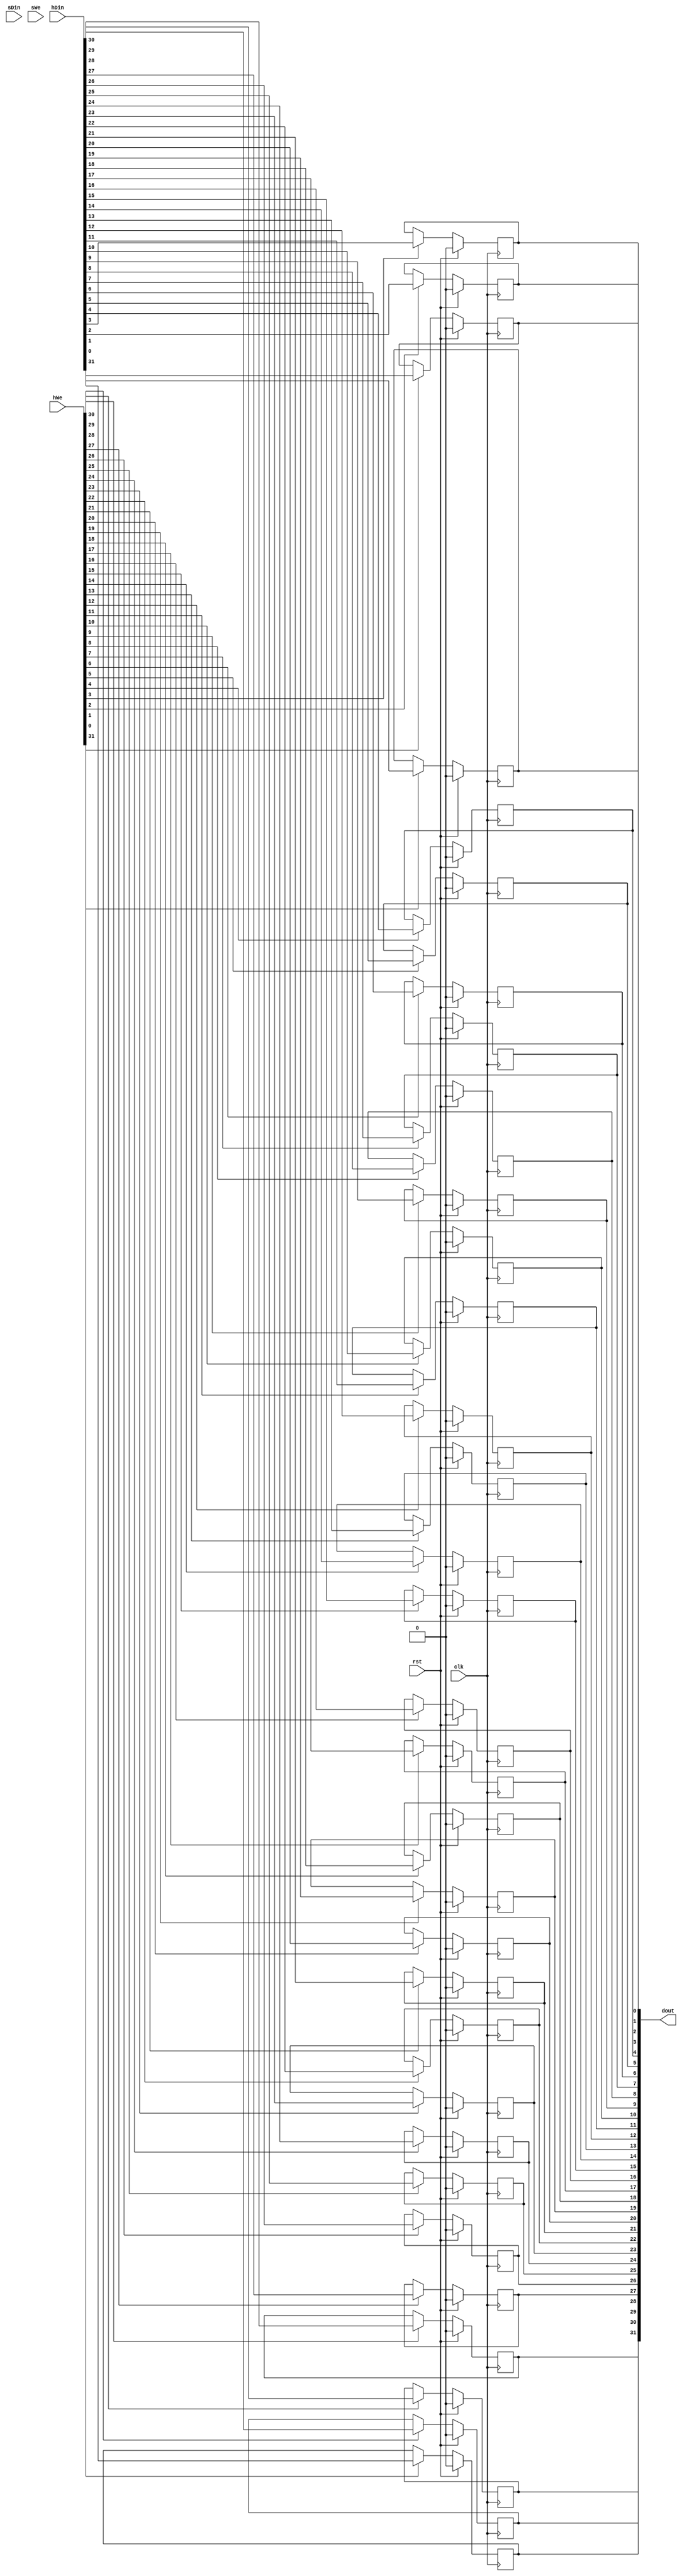
`timescale 1ns / 1ps
/**
 * 32-bit register used in coprocessor 0, with software and hardware writes,
 * mask controlling which bits are writable in software, and individual write
 * enable bits for each register bit. Software write takes priority over hardware
 * write.
 * 
 * @author Yunye Pu
 */
module Cp0Reg #(
	parameter SOFTWARE_MASK = 32'b0000_0000_0000_0000_0000_0000_0000_0000,
	parameter RESET_STATE = 32'b0000_0000_0000_0000_0000_0000_0000_0000
)
(
	input clk, input rst,
	input [31:0] sDin, input sWe,
	input [31:0] hDin, input [31:0] hWe,
	output [31:0] dout
);
	
	genvar i;
	generate
	for(i = 0; i < 32; i = i+1)
	begin: Cp0Reg_1b
		reg regBit = RESET_STATE[i];
		assign dout[i] = regBit;
		always @ (posedge clk)
		begin
			if(rst)
				regBit <= RESET_STATE[i];
			else
			begin
				if(SOFTWARE_MASK[i] & sWe)
					regBit <= sDin[i];
				else if(hWe[i])
					regBit <= hDin[i];
			end
		end
	end
	endgenerate
	
endmodule